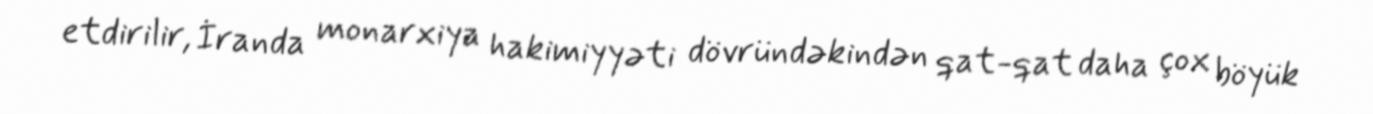
etdirilir, İranda monarxiya hakimiyyəti dövründəkindən qat-qat daha çox böyük